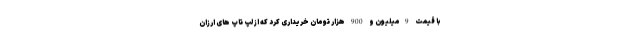
با قیمت 9میلیون و 900 هزار تومان خریداری کرد که از لپ تاپ های ارزان